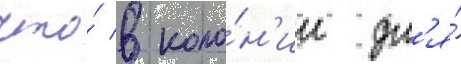
что́ в коло́н'ии дл'я́